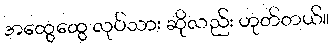
အထွေထွေ လုပ်သား ဆိုလည်း ဟုတ်တယ်။